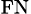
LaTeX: _{\textrm{FN}}